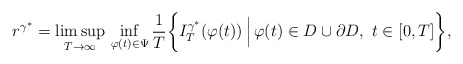
\begin{align*}r^{\gamma^{\ast}} = \limsup_{T \rightarrow \infty} \,\inf_{\varphi(t) \in \Psi} \frac{1}{T} \biggl \{ I_{T}^{\gamma^{\ast}}(\varphi(t)) \, \Bigl \vert \, \varphi(t) \in D \cup \partial D,\,\, t \in [0, T] \biggr\},\end{align*}